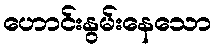
ဟောင်းနွမ်းနေသော